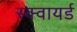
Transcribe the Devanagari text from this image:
स्क्वायर्ड